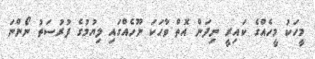
މީހަކު މީހެއްގެ ކައިރީ ނިދަން އޮތް ވާހަކަ ނޫހެއްގައި ލިޔުމުގެ ފުރުސަތު ނޯންނަ